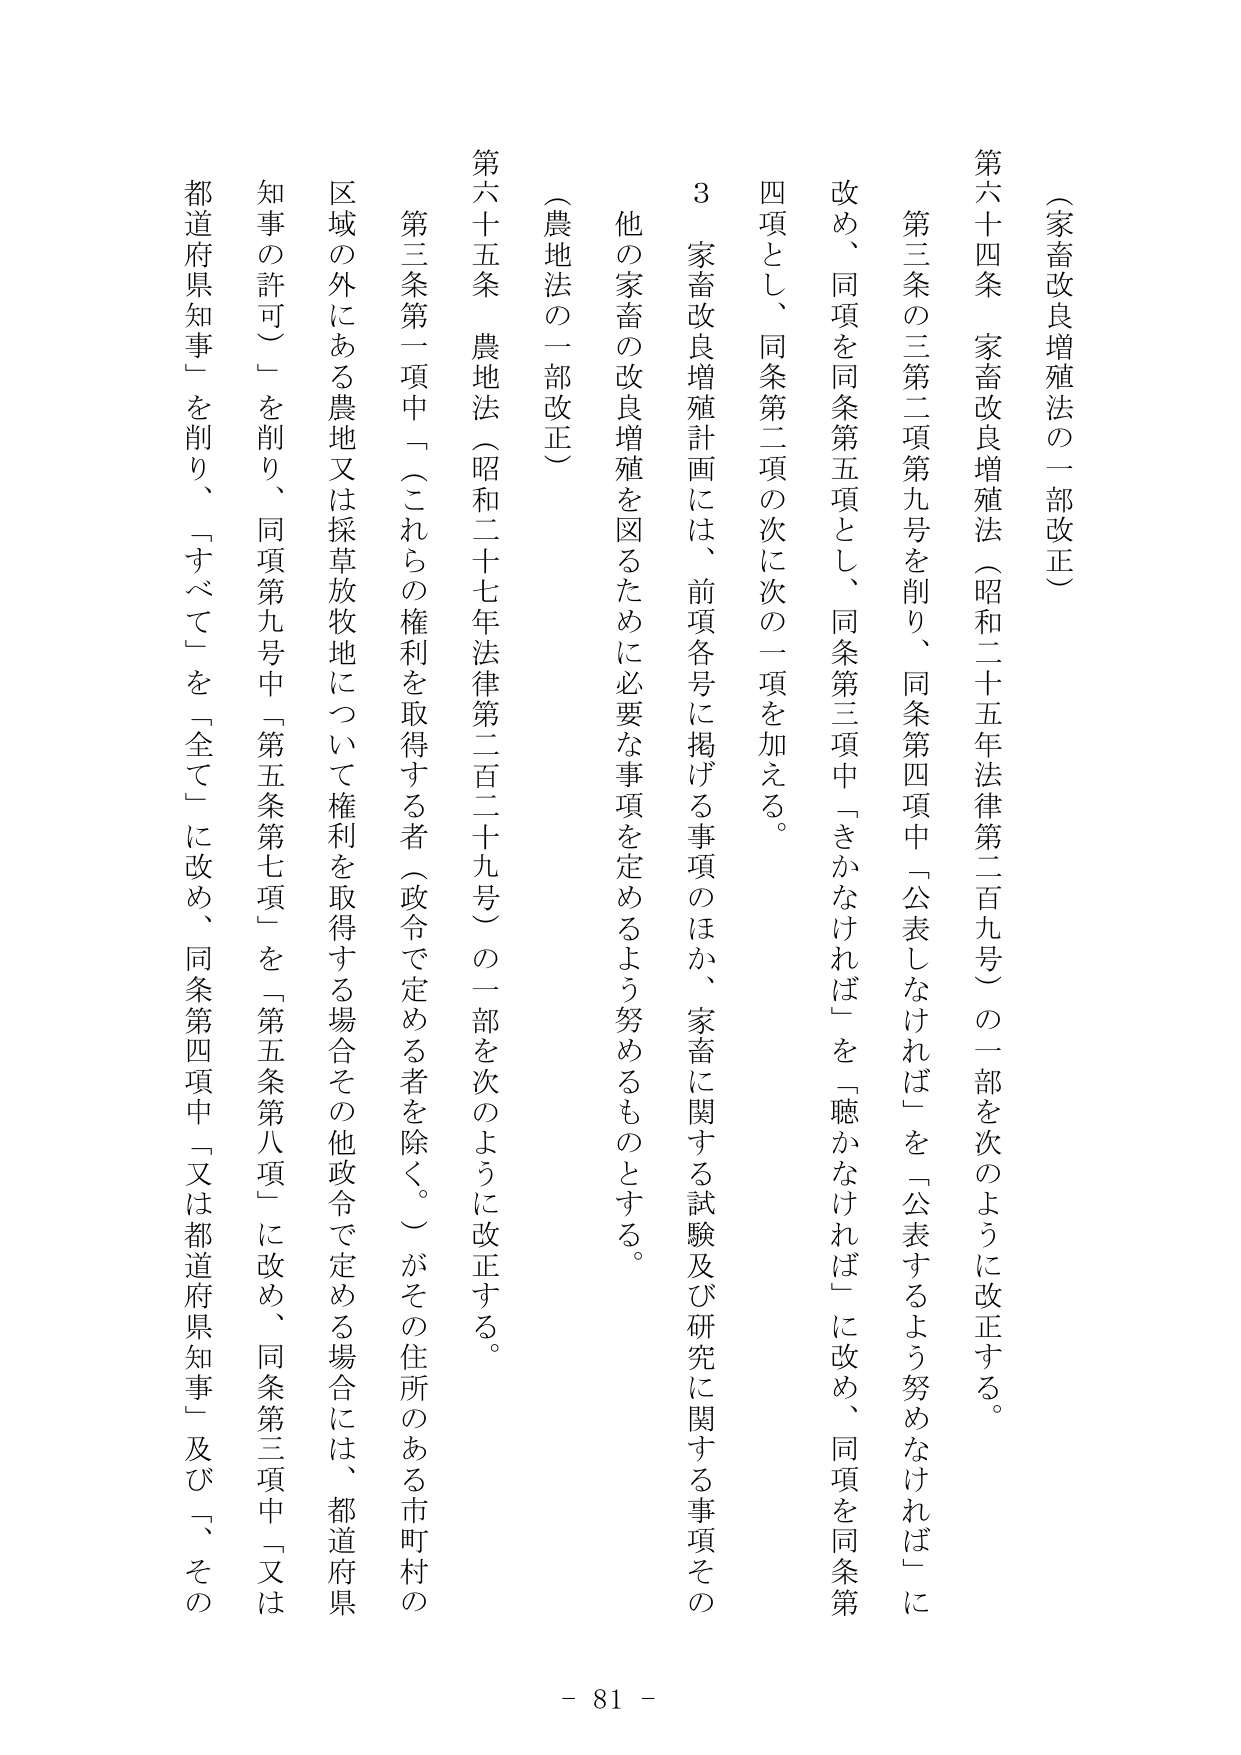
（家畜改良増殖法の一部改正）

第六十四条　家畜改良増殖法（昭和二十五年法律第二百九号）の一部を次のように改正する。

　第三条の三第二項第九号を削り、同条第四項中「公表しなければ」を「公表するよう努めなければ」に改め、同項を同条第五項とし、同条第三項中「さかなければ」を「聴かなければ」に改め、同項を同条第四項とし、同条第二項の次に次の一項を加える。

　３　家畜改良増殖計画には、前項各号に掲げる事項のほか、家畜に関する試験及び研究に関する事項その他 の家畜の改良増殖を図るために必要な事項を定めるよう努めるものとする。

（農地法の一部改正）

第六十五条　農地法（昭和二十七年法律第二百二十九号）の一部を次のように改正する。

　第三条第一項中「（これらの権利を取得する者（政令で定める者を除く。）がその住所のある市町村の区域の外にある農地又は採草放牧地について権利を取得する場合その他政令で定める場合には、都道府県知事の許可）」を削り、同項第九号中「第五条第七項」を「第五条第八項」に改め、同条第三項中「又は都道府県知事」を削り、「すべて」を「全て」に改め、同条第四項中「又は都道府県知事」及び「その

- 81 -